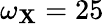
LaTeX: \omega_{\mathbf{X}}=25